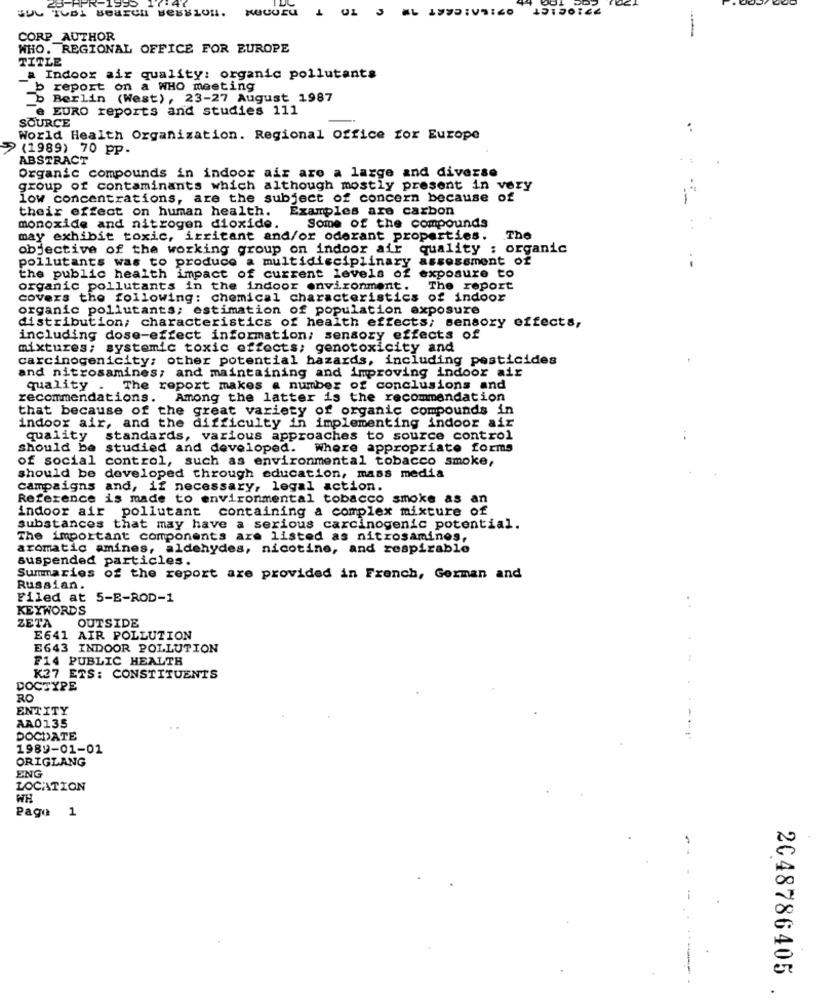
1 01 3 MLD:V5:40 10100166
BUG ToBi search Bession.
CORP_AUTHOR
WHO. REGIONAL OFFICE FOR EUROPE
TITLE
& Indoor air quality: organic pollutants
_b report on a WHO meeting
b Berlin (West), 23-27 August 1987
Te EURO reports and studies 111
SOURCE
World Health Organization. Regional Office for Europe
> (1989) 70 pp
ABSTRACT
Organic compounds in indoor air are a large and diverse
group of contaminants which although mostly present in very
low concentrations, are the subject of concern because of
their effect on human health.
Examples are carbon
monoxide and nitrogen dioxide.
Some of the compounds
may exhibit toxic, irritant and/or oderant properties.
The
objective of the working group on indoor air quality : organic
pollutants was to produce a multidisciplinary assessment of
--
the public health impact of current levels of exposure to
organic pollutants in the indoor environment.
The report
covers the following: chemical characteristics of indoor
organic pollutants; estimation of population exposure
distribution; characteristics of health effects; sensory effects,
including dose-effect information; sensozy effects of
mixtures; systemic toxic effects; genotoxicity and
carcinogenicity; other potential hazards, including pesticides
and nitrosamines; and maintaining and improving indoor air
quality . The report makes a number of conclusions and
recommendations. Among the latter is the recommendation
that because of the great variety of organic compounds in
indoor air, and the difficulty in implementing indoor air
quality standards, various approaches to source control
should be studied and developed. Where appropriate forms
of social control, such as environmental tobacco smoke,
should be developed through education, mass media
campaigns and, if necessary, legal action.
Reference is made to environmental tobacco smoke as an
indoor air pollutant containing a complex mixture of
substances that may have a serious carcinogenic potential.
The important components are listed as nitrosamines,
aromatic amines, aldehydes, nicotine, and respirable
suspended particles.
Summaries of the report are provided in French, German and
Russian.
Filed at 5-E-ROD-1
KEYWORDS
..
OUTSIDE
ZETA
E641 AIR POLLUTION
E643 INDOOR POLLUTION
F14 PUBLIC HEALTH
K37 ETS: CONSTITUENTS
DOCTYPE
RO
ENTITY
-.
AA0135
DOCDATE
1989-01-01
ORIGLANG
ENG
LOCATION
WH
Pago
1
2048786405